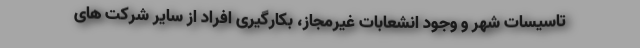
تاسیسات شهر و وجود انشعابات غیرمجاز، بکارگیری افراد از سایر شرکت های